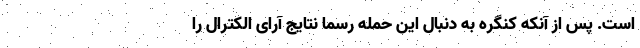
است. پس از آنکه کنگره به دنبال این حمله رسما نتایج آرای الکترال را